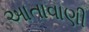
આતાવાણી